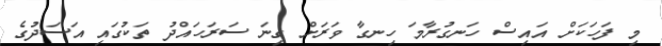
މި ފަހަކަށް އައިސް ހަނގުރާމަ ހިނގާ ވަރަށް ގިނަ ސަރަހައްދު ތަކުގައި އަސަދުގެ